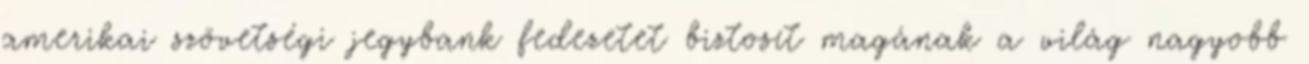
amerikai szövetségi jegybank fedezetet biztosít magának a világ nagyobb